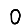
Digit: 0